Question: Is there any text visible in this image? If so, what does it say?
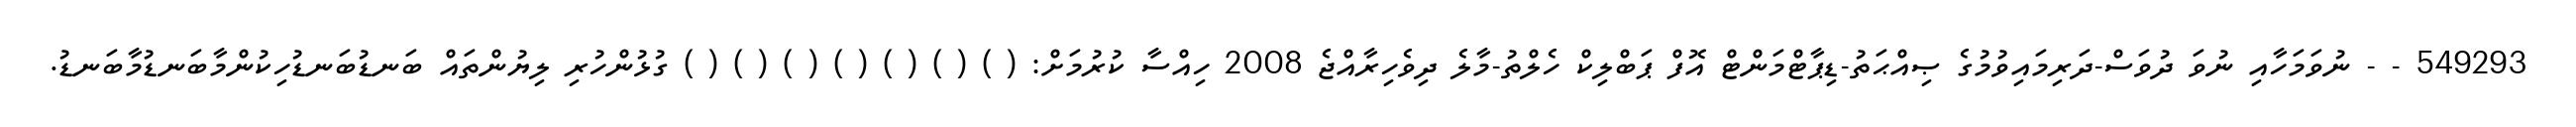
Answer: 549293 - - ނުވަމަހާއި ނުވަ ދުވަސް-ދަރިމައިވުމުގެ ޞިއްޙަތު-ޑިޕާޓްމަންޓް އޮފް ޕަބްލިކް ހެލްތު-މާލެ ދިވެހިރާއްޖެ 2008 ހިއްސާ ކުރުމަށް: ( ) ( ) ( ) ( ) ( ) ( ) ( ) ގުޅުންހުރި ލިޔުންތައް ބަނޑުބަނޑުހިކުންމާބަނޑުމާބަނޑު.